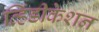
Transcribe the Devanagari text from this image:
व्हिंडीकेशन